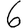
Digit: 6